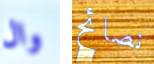
وال نصائح